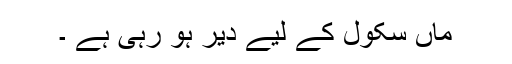
ماں سکول کے لیے دیر ہو رہی ہے ۔